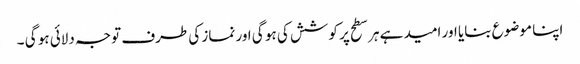
اپنا موضوع بنایا اور امید ہے ہر سطح پر کوشش کی ہو گی اور نماز کی طرف توجہ دلائی ہو گی ۔